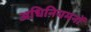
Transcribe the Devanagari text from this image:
अधिनियमनों